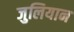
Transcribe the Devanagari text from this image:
जुलियान